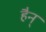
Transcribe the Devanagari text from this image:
हैन्